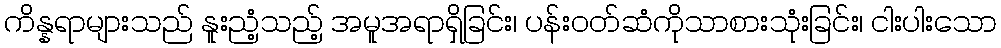
ကိန္နရာများသည် နူးညံ့သည့် အမူအရာရှိခြင်း၊ ပန်းဝတ်ဆံကိုသာစားသုံးခြင်း၊ ငါးပါးသော